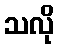
သလို